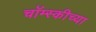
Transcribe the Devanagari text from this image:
चॉम्स्कीच्या